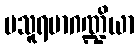
ပသူရမာဂဏ္ဍိယာ